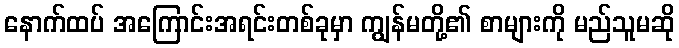
နောက်ထပ် အကြောင်းအရင်းတစ်ခုမှာ ကျွန်မတို့၏ စာများကို မည်သူမဆို